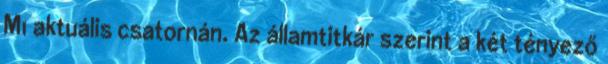
M1 aktuális csatornán. Az államtitkár szerint a két tényező